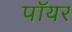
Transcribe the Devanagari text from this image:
पॉयर